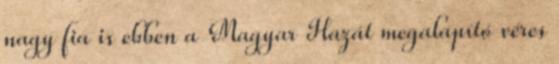
nagy fia is ebben a Magyar Hazát megalapító véres